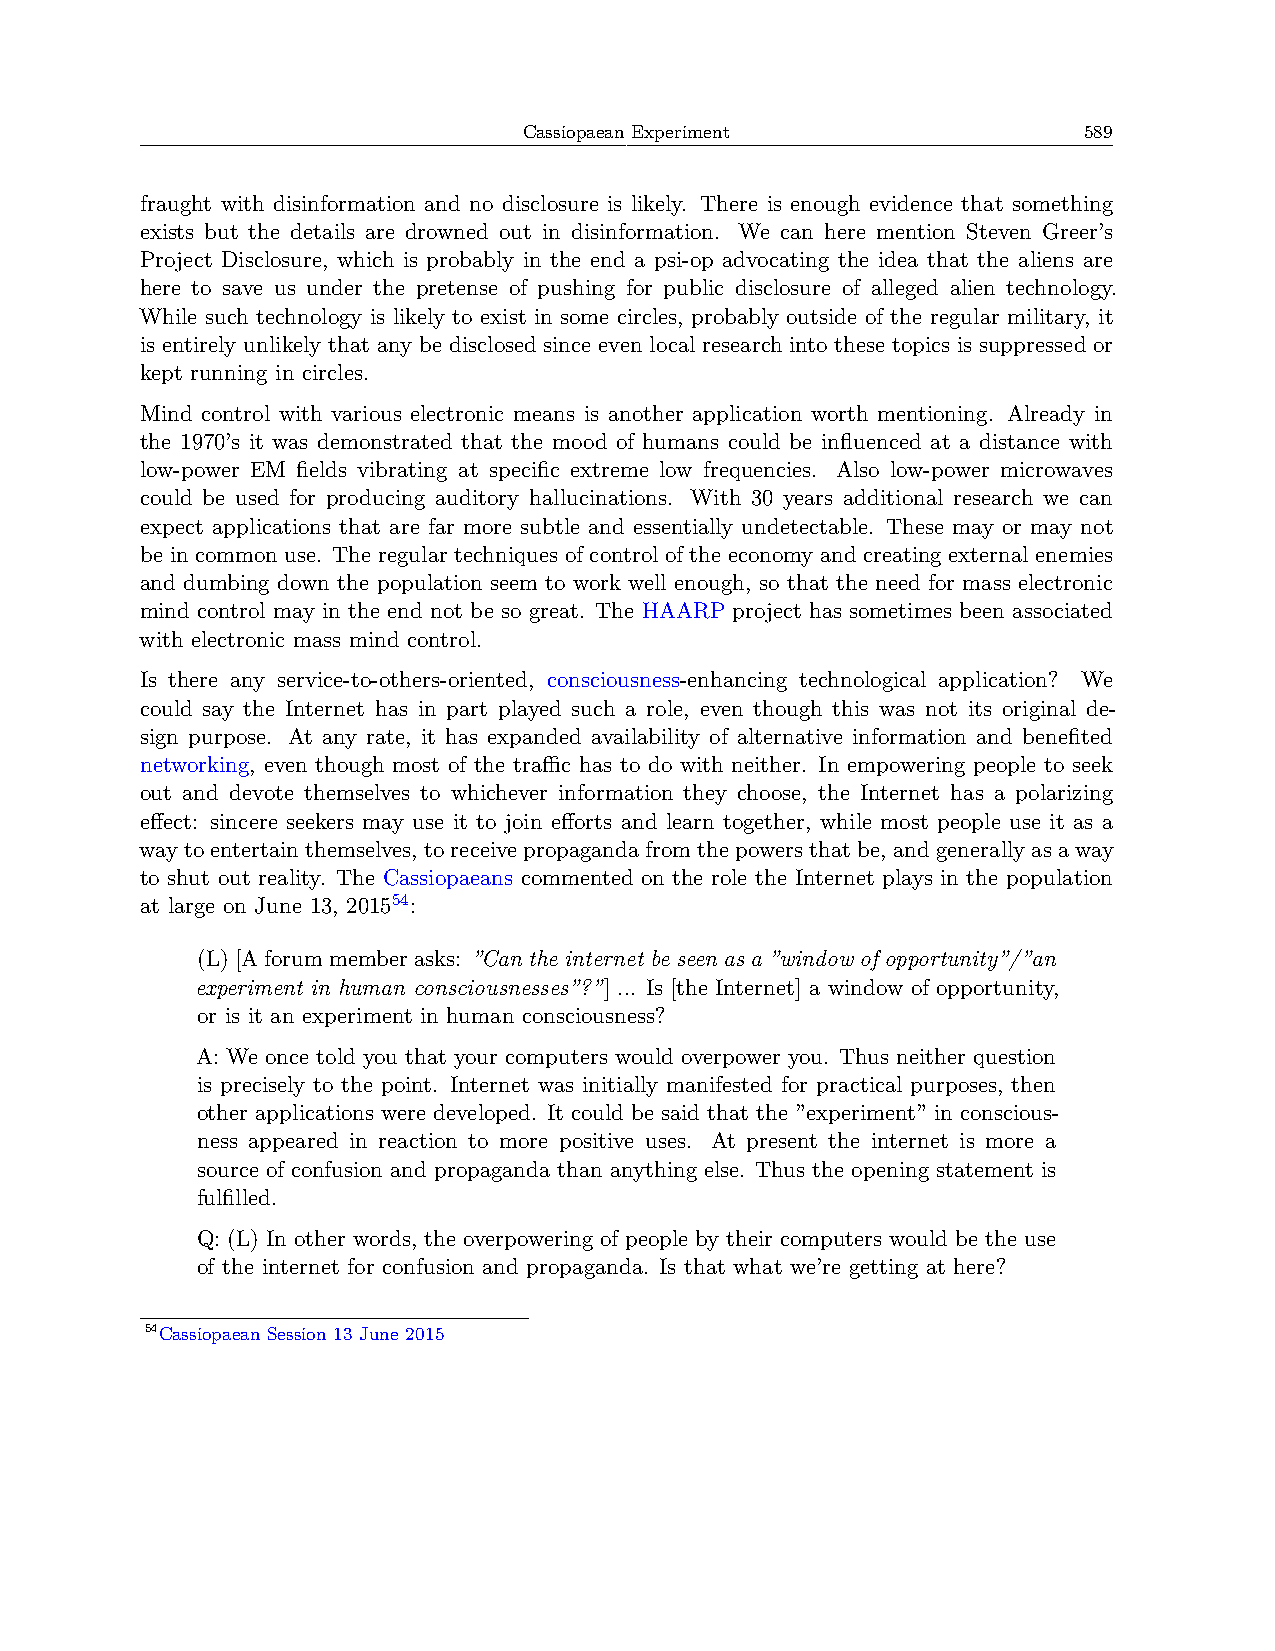
Cassiopaean Experiment               589
 fraught with disinformation and no disclosure is likely. There is enough evidence that something
 exists but the details are drowned out in disinformation. We can here mention Steven Greer’s
 Project Disclosure, which is probably in the end a psi-op advocating the idea that the aliens are
 here to save us under the pretense of pushing for public disclosure of alleged alien technology.
 While such technology is likely to exist in some circles, probably outside of the regular military, it
 is entirely unlikely that any be disclosed since even local research into these topics is suppressed or
 kept running in circles.
 Mind control with various electronic means is another application worth mentioning. Already in
 the 1970’s it was demonstrated that the mood of humans could be influenced at a distance with
 low-power EM fields vibrating at specific extreme low frequencies. Also low-power microwaves
 could be used for producing auditory hallucinations. With 30 years additional research we can
 expect applications that are far more subtle and essentially undetectable. These may or may not
 be in common use. The regular techniques of control of the economy and creating external enemies
 and dumbing down the population seem to work well enough, so that the need for mass electronic
 mind control may in the end not be so great. The HAARP project has sometimes been associated
 with electronic mass mind control.
 Is there any service-to-others-oriented, consciousness-enhancing technological application? We
 could say the Internet has in part played such a role, even though this was not its original de-
 sign purpose. At any rate, it has expanded availability of alternative information and benefited
 networking, even though most of the traﬀic has to do with neither. In empowering people to seek
 out and devote themselves to whichever information they choose, the Internet has a polarizing
 effect: sincere seekers may use it to join efforts and learn together, while most people use it as a
 waytoentertainthemselves, toreceivepropagandafromthepowersthatbe, andgenerallyasaway
 to shut out reality. The Cassiopaeans commented on the role the Internet plays in the population
 at large on June 13, 201554:
 (L)[Aforummemberasks: ”Can the internet be seen as a ”window of opportunity”/”an
 experiment in human consciousnesses”?”] ... Is [the Internet] a window of opportunity,
 or is it an experiment in human consciousness?
 A: We once told you that your computers would overpower you. Thus neither question
 is precisely to the point. Internet was initially manifested for practical purposes, then
 other applications were developed. It could be said that the ”experiment” in conscious-
 ness appeared in reaction to more positive uses. At present the internet is more a
 source of confusion and propaganda than anything else. Thus the opening statement is
 fulfilled.
 Q: (L) In other words, the overpowering of people by their computers would be the use
 of the internet for confusion and propaganda. Is that what we’re getting at here?
 54Cassiopaean Session 13 June 2015